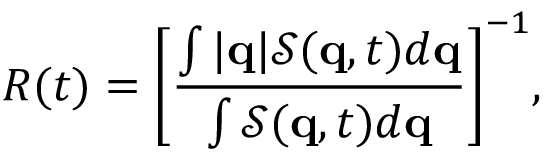
R ( t ) = \mathopen { } \mathclose \bgroup \mathopen { } \mathclose \bgroup \mathopen { } \mathclose \bgroup \mathopen { } \mathclose \bgroup \mathopen { } \mathclose \bgroup \mathopen { } \mathclose \bgroup \mathopen { } \mathclose \bgroup \mathopen { } \mathclose \bgroup \mathopen { } \mathclose \bgroup \mathopen { } \mathclose \bgroup \left[ \frac { \int { | \mathbf { q } | \mathcal { S } ( \mathbf { q } , t ) d \mathbf { q } } } { \int { \mathcal { S } ( \mathbf { q } , t ) d \mathbf { q } } } \aftergroup \egroup \aftergroup \egroup \aftergroup \egroup \aftergroup \egroup \aftergroup \egroup \aftergroup \egroup \aftergroup \egroup \aftergroup \egroup \aftergroup \egroup \aftergroup \egroup \right] ^ { - 1 } ,